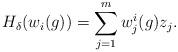
LaTeX: \begin{align*} H_\delta(w_i(g))= \sum_{j=1}^mw_j^i(g)z_j. \end{align*}